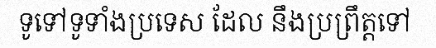
ទូទៅទូទាំងប្រទេស ដែល នឹងប្រព្រឹត្តទៅ